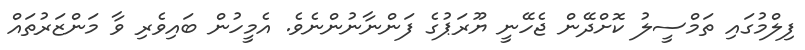
ފިލްމުގައި ތަމްސީލު ކޮށްދޭން ޖެހޭނީ ޔޫރަޕުގެ ފަންނާނުންނެވެ. އެމީހުން ބައިވެރި ވާ މަންޒަރުތައް